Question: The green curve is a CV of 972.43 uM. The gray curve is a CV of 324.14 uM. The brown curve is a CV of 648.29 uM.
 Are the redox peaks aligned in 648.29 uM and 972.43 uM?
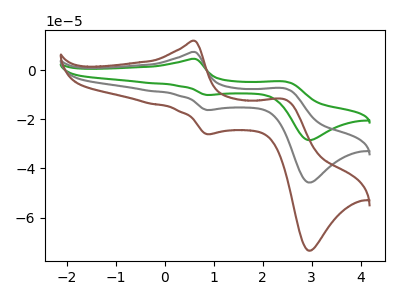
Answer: <think>The green curve "972.43 uM" has anodic peaks at (0.60V, 14.85uA) (2.45V, -14.80uA) and cathodic peaks at (0.90V, -32.45uA) (3.00V, -91.45uA). The gray curve "324.14 uM" has anodic peaks at (0.60V, 7.45uA) (2.45V, -7.40uA) and cathodic peaks at (0.90V, -16.25uA) (3.00V, -45.75uA). The brown curve "648.29 uM" has anodic peaks at (0.60V, 11.95uA) (2.45V, -11.90uA) and cathodic peaks at (0.90V, -26.10uA) (3.00V, -73.45uA).</think>
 <answer>Yes, "648.29 uM" have a peak in "972.43 uM" at the same potential.</answer>
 <eval>match</eval>